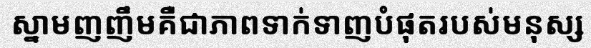
ស្នាមញញឹមគឺជាភាពទាក់ទាញបំផុតរបស់មនុស្ស